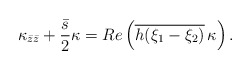
\begin{align*} \kappa_{\bar{z} \bar{z}} + \frac{\bar{s}}{2} \kappa = Re \left( \overline{h(\xi_1- \xi_2) }\, \kappa \right).\end{align*}